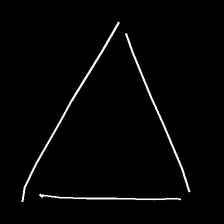
Glyph: convergence